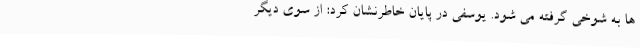
ها به شوخی گرفته می شود. یوسفی در پایان خاطرنشان کرد: از سوی دیگر